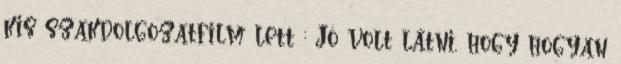
kis szakdolgozatfilm lett : Jó volt látni, hogy hogyan